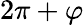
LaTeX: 2\pi+\varphi